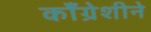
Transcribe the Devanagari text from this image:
काँग्रेशीने